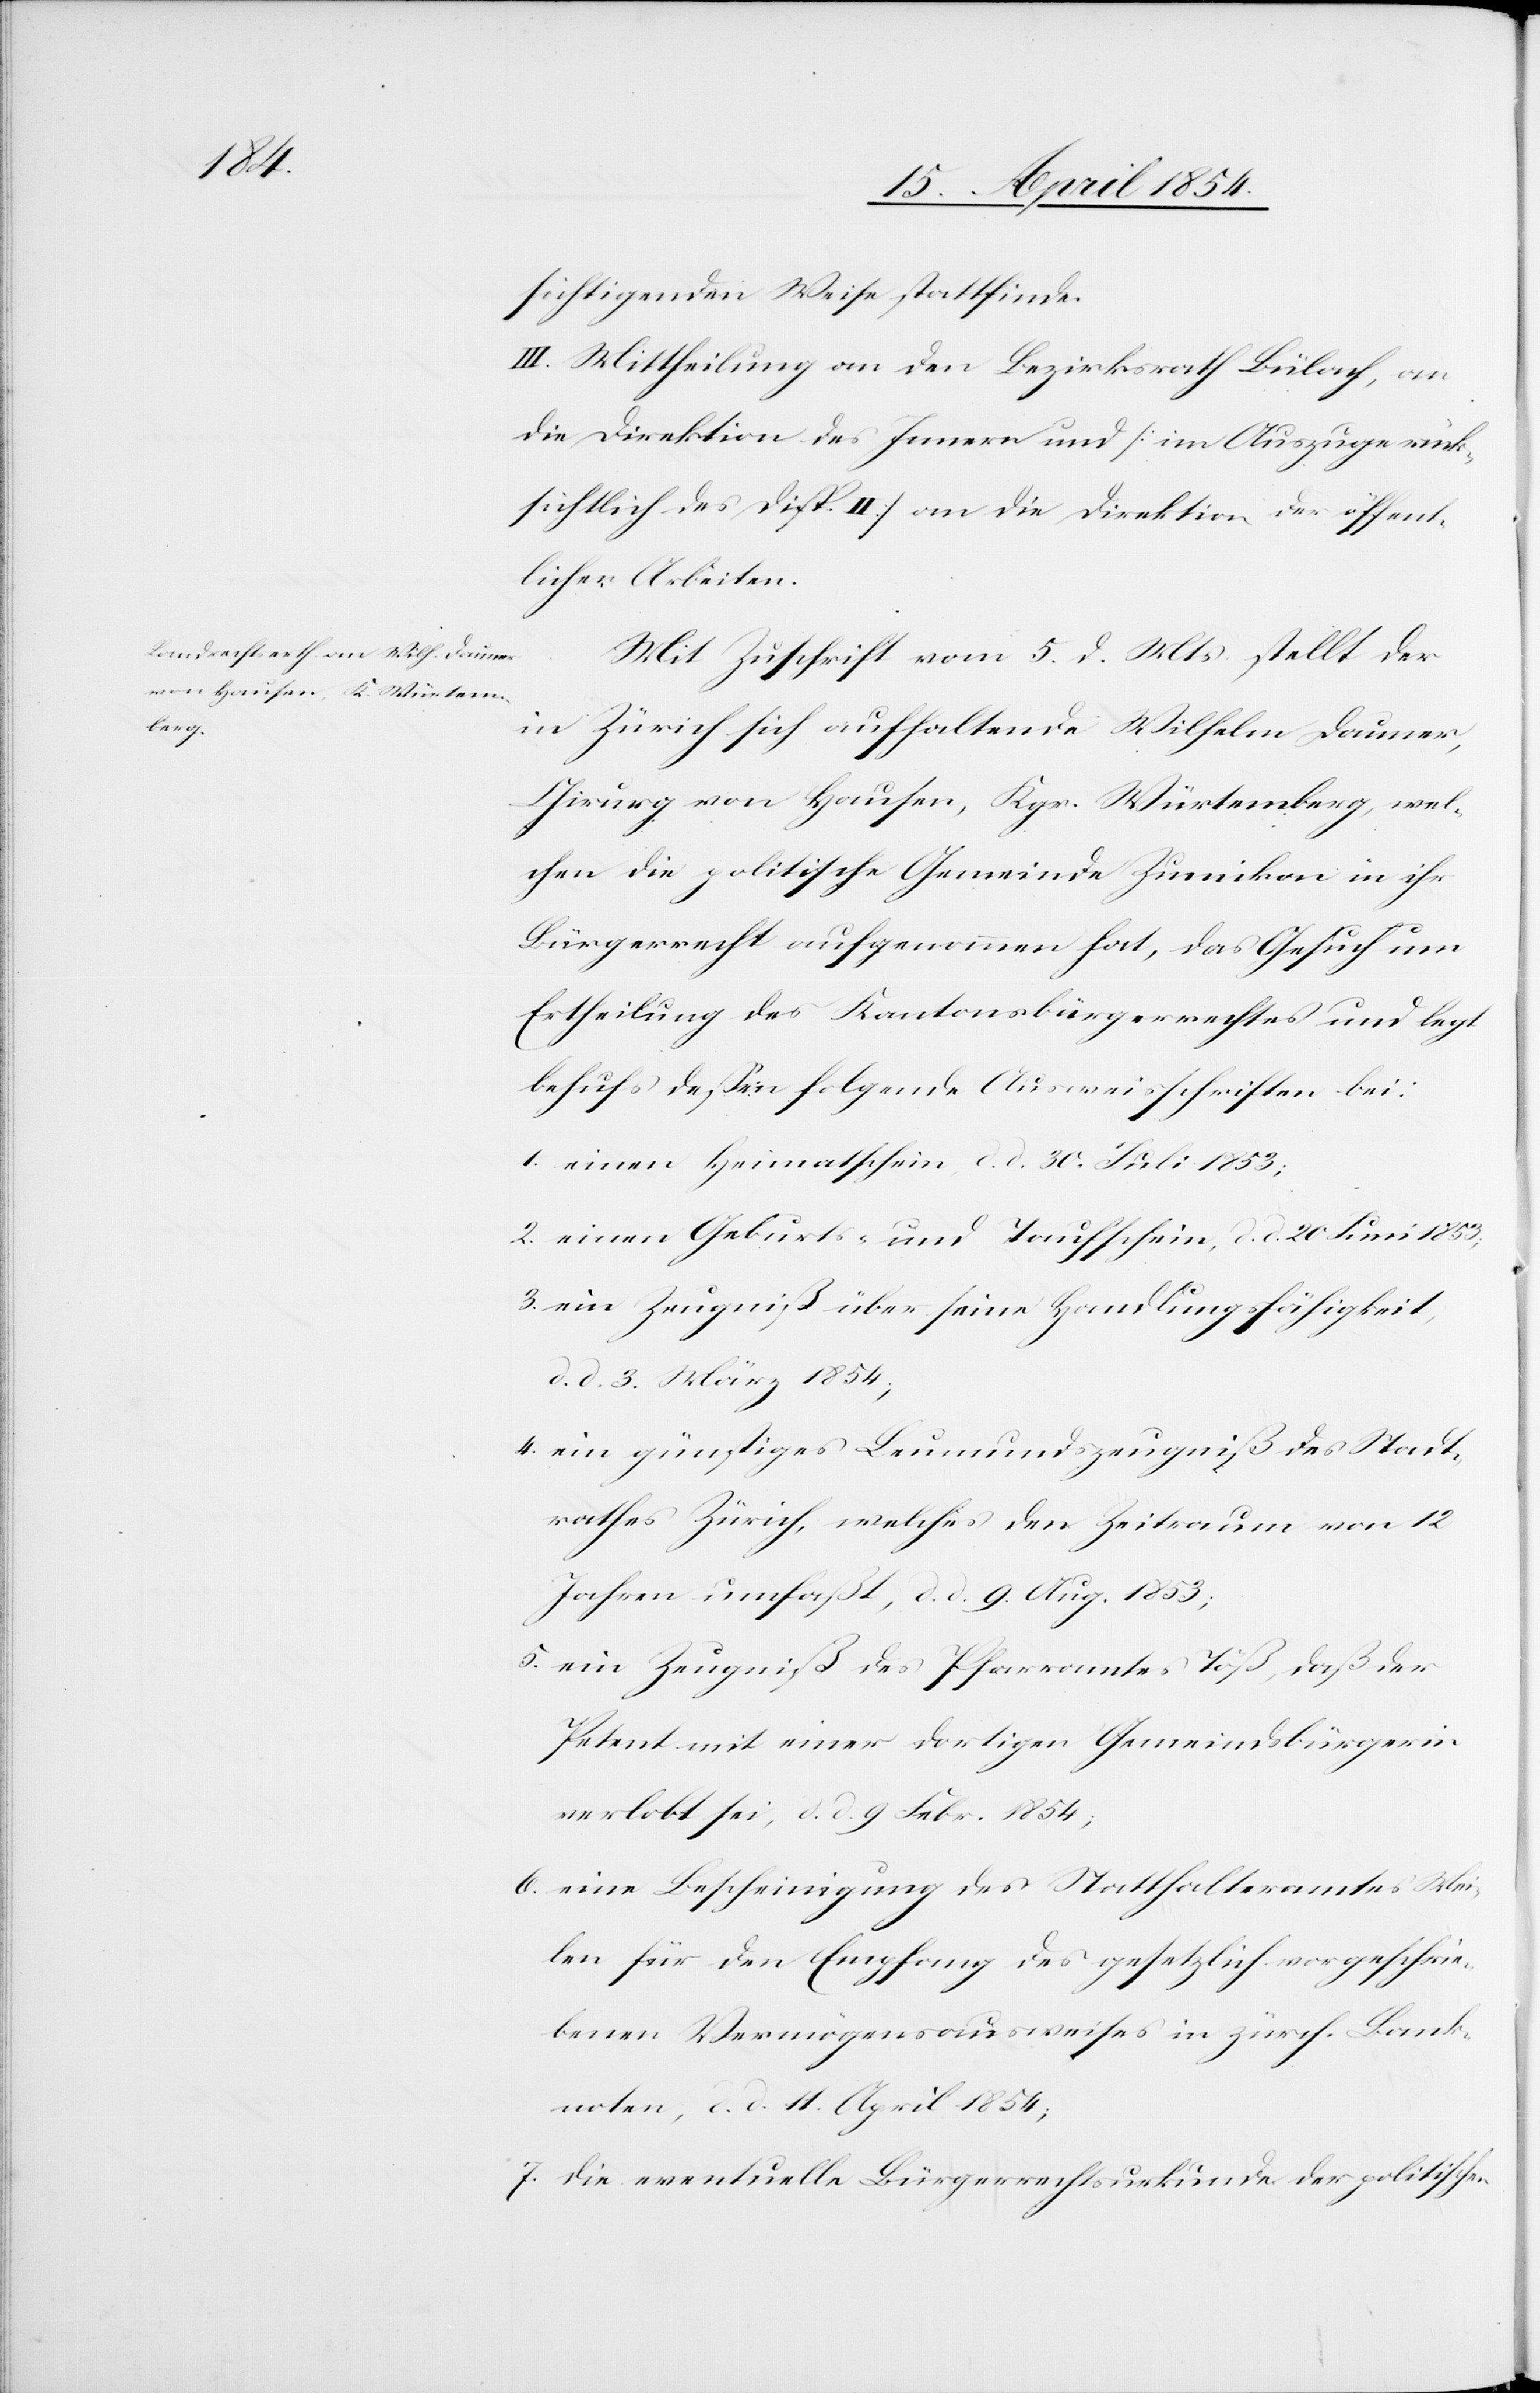
sichtigenden Weise stattfinde.
III. Mittheilung an den Bezirksrath Bülach, an
die Direktion des Innern und (im Auszuge rück¬
sichtlich des Disp. II) an die Direktion der öffent¬
lichen Arbeiten.
Mit Zuschrift vom 5. d. Mts. stellt der
in Zürich sich aufhaltende Wilhelm Daumer,
Chirurg von Hausen, Kgr. Würtemberg, wel¬
chen die politische Gemeinde Zumikon in ihr
Bürgerrecht aufgenommen hat, das Gesuch um
Ertheilung des Kantonsbürgerrechtes und legt
behufs deßen folgende Ausweisschriften bei:
1. einen Heimatschein, d. d. 30. Juli 1853;
2. einen Geburts- und Taufschein, d. d. 20 Juni 1853;
3. ein Zeugniß über seine Handlungsfähigkeit,
d. d. 3. März 1854;
4. ein günstiges Leumundszeugniß des Stadt¬
rathes Zürich, welches den Zeitraum von 12
Jahren umfaßt, d. d. 9. Aug. 1853;
5. ein Zeugniß des Pfarramtes Töß, daß der
Petent mit einer dortigen Gemeindsbürgerin
verlobt sei, d. d. 9. Febr. 1854;
6. eine Bescheinigung des Statthalteramtes Mei¬
len für den Empfang des gesetzlich vorgeschrie¬
benen Vermögensausweises in zürch. Bank¬
noten, d. d. 11. April 1854;
7. die eventuelle Bürgerrechtsurkunde der politischen